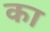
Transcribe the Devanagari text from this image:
का